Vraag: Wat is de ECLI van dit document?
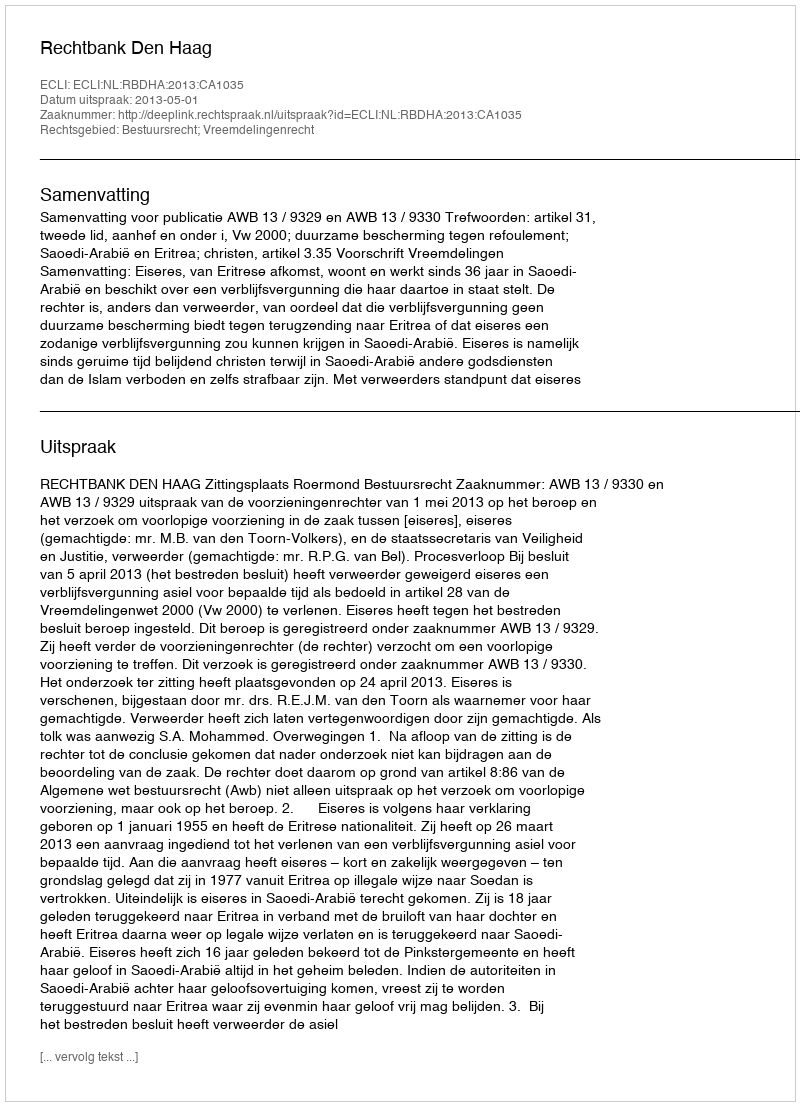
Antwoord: ECLI:NL:RBDHA:2013:CA1035